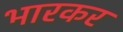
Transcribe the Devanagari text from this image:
भारकर